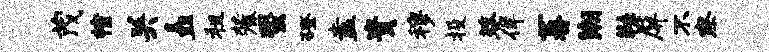
茂幢关矗租麓蛩磴盍贵穆投葵佯蕃潮鞋屏不察